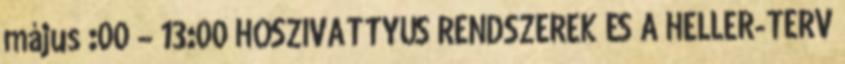
május :00 – 13:00 HŐSZIVATTYÚS RENDSZEREK ÉS A HELLER-TERV